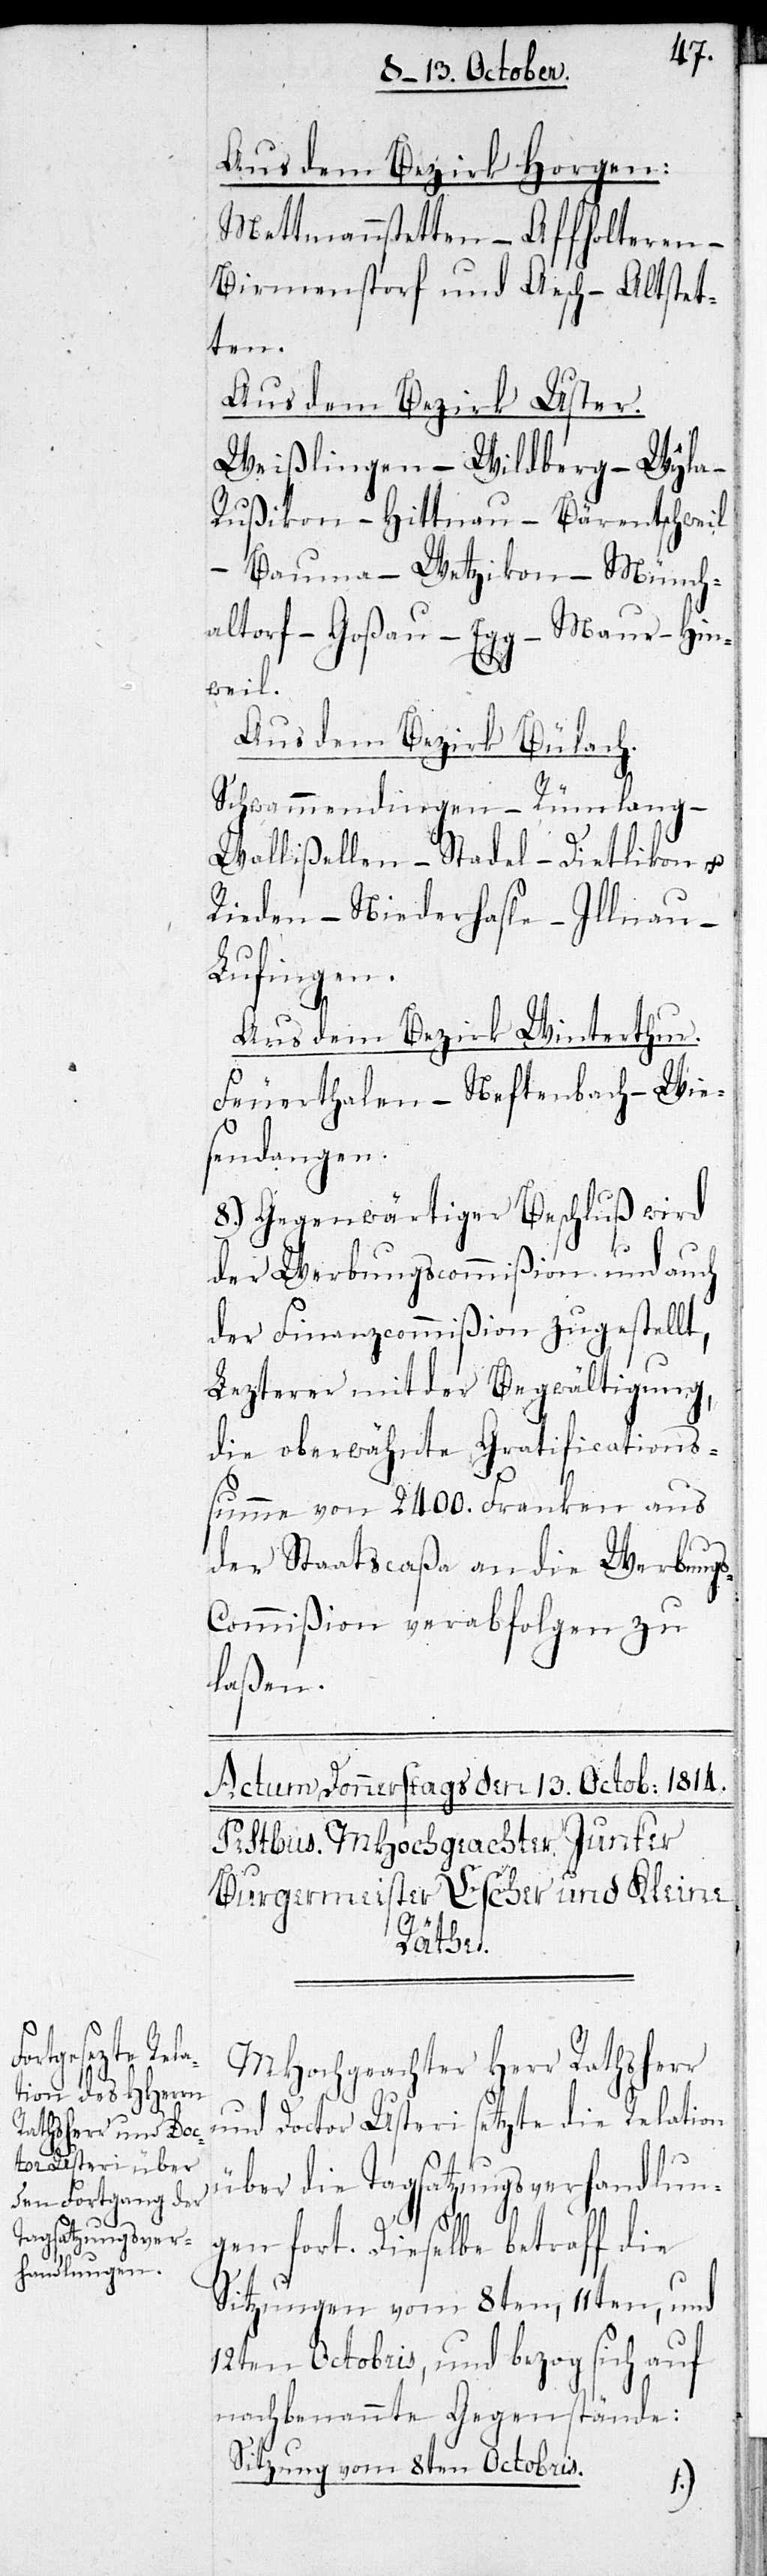
Aus dem Bezirk Horgen:
Mettmenstetten – Affoltern –
Birmenstorf und Aesch – Altstet¬
ten.
Aus dem Bezirk Uster.
Weißlingen – Wildberg – Wyla –
Rußikon – Hittnau – Bärentschweil
Bauma – Wetzikon – Münch¬
altorf – Goßau – Egg – Maur – Hin¬
weil.
Aus dem Bezirk Bülach.
Schwammendingen – Rümlang –
Wallißellen – Stadel – Dietlikon –
Rieden – Niederhasli – Illnau –
Lufingen.
Aus dem Bezirk Winterthur.
Feuerthalen – Neftenbach – Wie¬
sendangen.
8.) Gegenwärtiger Beschluß wird
der Werbungscommißion und auch
der Finanzcommißion zugestellt.
Leztere mit der Begwältigung,
die oberwähnte Gratifications¬
summe von 2400. Franken aus
der Staatscaßa an die Werbungs¬
commißion verabfolgen zu
laßen.
MHochgeachter Herr Rathsherr
und Doctor Usteri setzte die Relation
über die Tagsatzungsverhandlun¬
gen fort. Dieselbe betraff die
Sitzungen vom 8ten, 11ten, und
12ten Octobris, und bezog sich auf
nachbenannte Gegenstände:
Sitzung vom 8ten Octobris.